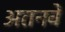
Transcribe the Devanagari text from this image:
अतनवें